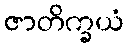
ဇာတိက္ခယံ